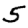
Digit: 5